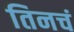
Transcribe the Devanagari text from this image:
तिनचं